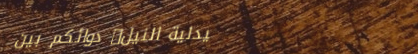
صيدلية النيل: دوائكم بين